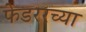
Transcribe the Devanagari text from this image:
फेडररच्या